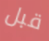
قبل